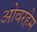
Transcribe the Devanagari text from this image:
ओवरहेम